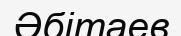
Әбітаев